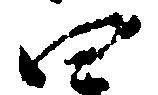
四